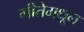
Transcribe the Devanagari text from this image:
गीतेमधून